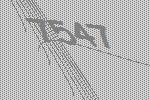
7547